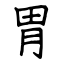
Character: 胃